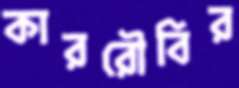
কাররৌবির